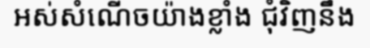
អស់សំណើចយ៉ាងខ្លាំង ជុំវិញនឹង